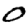
Digit: 0